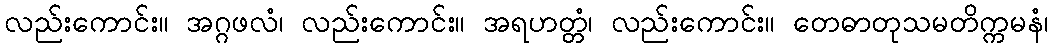
လည်းကောင်း။ အဂ္ဂဖလံ၊ လည်းကောင်း။ အရဟတ္တံ၊ လည်းကောင်း။ တေဓာတုသမတိက္ကမနံ၊